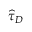
\widehat { \tau } _ { D }